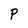
Character: P